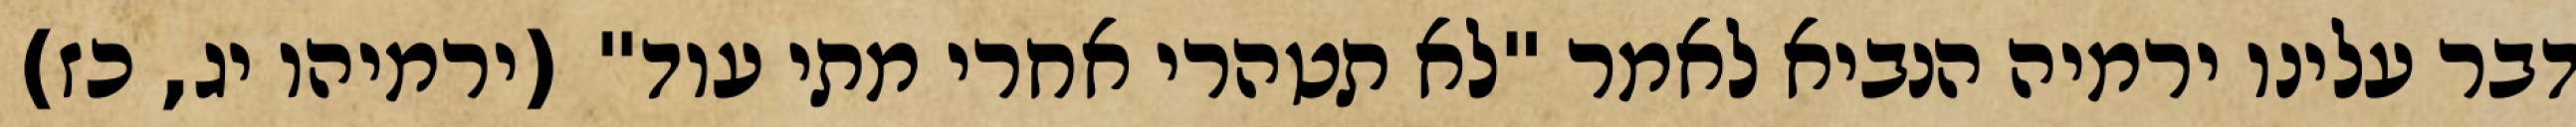
דבר עלינו ירמיה הנביא לאמר "לא תטהרי אחרי מתי עוד" (ירמיהו יג, כז)